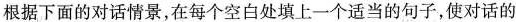
根据下面的对话情景,在每个空白处填上一个适当的句子,使对话的